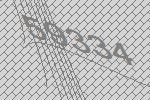
59334